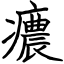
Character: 癑